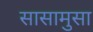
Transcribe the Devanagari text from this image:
सासामुसा